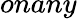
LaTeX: onany